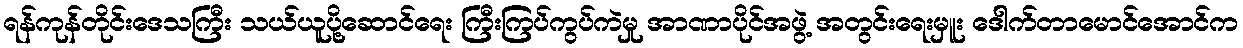
ရန်ကုန်တိုင်းဒေသကြီး သယ်ယူပို့ဆောင်ရေး ကြီးကြပ်ကွပ်ကဲမှု အာဏာပိုင်အဖွဲ့ အတွင်းရေးမှူး ဒေါက်တာမောင်အောင်က